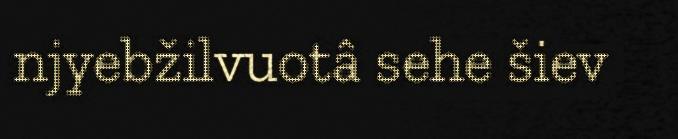
njyebžilvuotâ sehe šiev